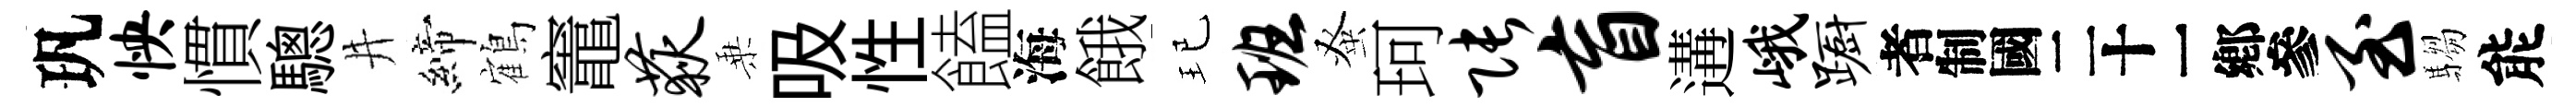
㺬怏慣驄井締鶴竈荻乗吸性饁海餓玘班𫊫珂张盲遘峨蹰识至騶能